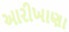
આરીખાણા